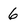
Character: 6